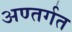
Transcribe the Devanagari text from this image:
अण्तर्गत